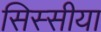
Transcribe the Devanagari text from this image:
सिस्सीया